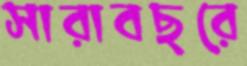
সারাবছরে